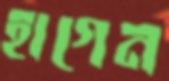
হাগেন